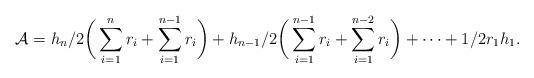
LaTeX: \begin{align*}\mathcal{A}&=h_n/2\bigg(\sum \limits_{i=1}^{n}r_{i}+\sum \limits_{i=1}^{n-1}r_{i}\bigg)+h_{n-1}/2\bigg(\sum \limits_{i=1}^{n-1}r_{i}+\sum \limits_{i=1}^{n-2}r_{i}\bigg)+ \cdots +1/2r_1h_1.\end{align*}